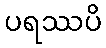
ပရဿပိ